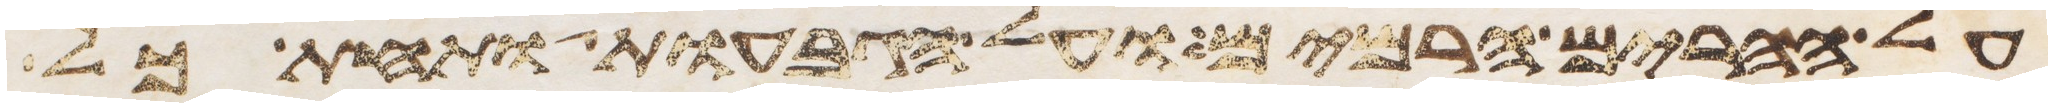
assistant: על ההרים הרמים ועל הגבעות ותחת כל